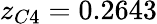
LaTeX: z_{C4}=0.2643